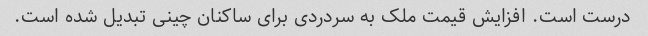
درست است. افزایش قیمت ملک به سردردی برای ساکنان چینی تبدیل شده است.